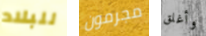
للبلاد مجرمون وأغلق